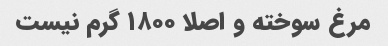
مرغ سوخته و اصلا ۱۸۰۰ گرم نیست